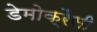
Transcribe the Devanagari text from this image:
डेमोक्रैसी